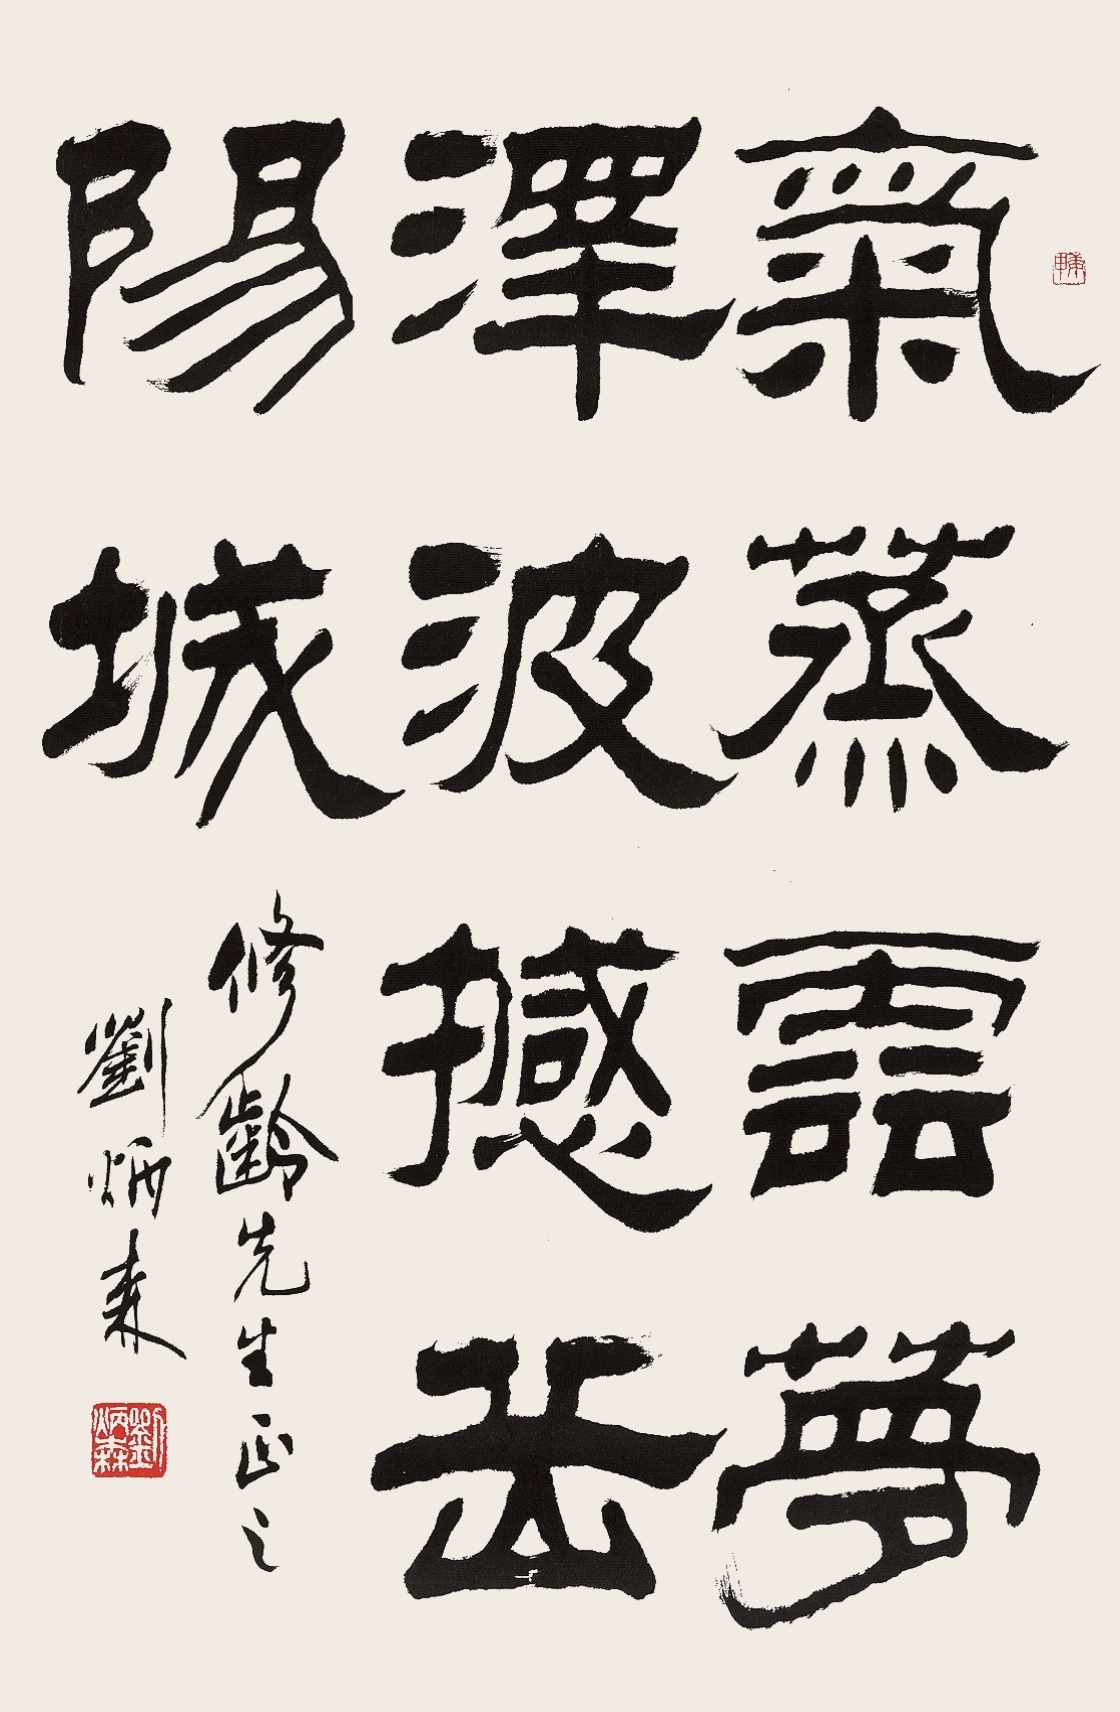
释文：修龄兄属书。庚申苗子。修龄先生正之，刘炳森。